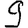
Digit: 9